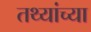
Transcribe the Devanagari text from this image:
तथ्‍यांच्‍या